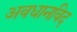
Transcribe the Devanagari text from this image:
अवधानविद